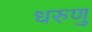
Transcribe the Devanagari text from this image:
धरुणु